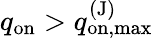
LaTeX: q_{\mathrm{on}}>q_{\mathrm{on,max}}^{\mathrm{(J)}}